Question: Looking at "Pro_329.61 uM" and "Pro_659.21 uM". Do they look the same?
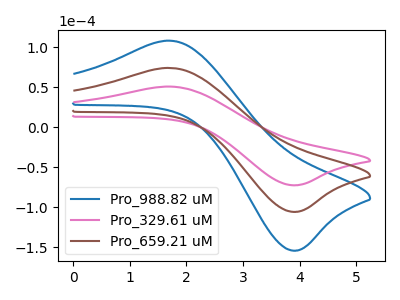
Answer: <think>The blue curve "Pro_988.82 uM" has an anodic peak at (1.70V, 148.60uA) and a cathodic peak at (3.85V, -211.60uA). The pink curve "Pro_329.61 uM" has an anodic peak at (1.70V, 50.95uA) and a cathodic peak at (3.85V, -72.55uA). The brown curve "Pro_659.21 uM" has an anodic peak at (1.70V, 74.30uA) and a cathodic peak at (3.85V, -105.80uA).
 All the peaks in "Pro_329.61 uM" have a peak in "Pro_659.21 uM" at the same potential. Every peak in "Pro_329.61 uM" is lower than every peak in "Pro_659.21 uM".</think>
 <answer>"Pro_329.61 uM" and "Pro_659.21 uM" are similar in shape.</answer>
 <eval>same_shape</eval>